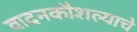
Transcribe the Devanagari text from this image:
वादनकौशल्याचे